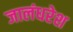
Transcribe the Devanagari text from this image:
जालंधरेश